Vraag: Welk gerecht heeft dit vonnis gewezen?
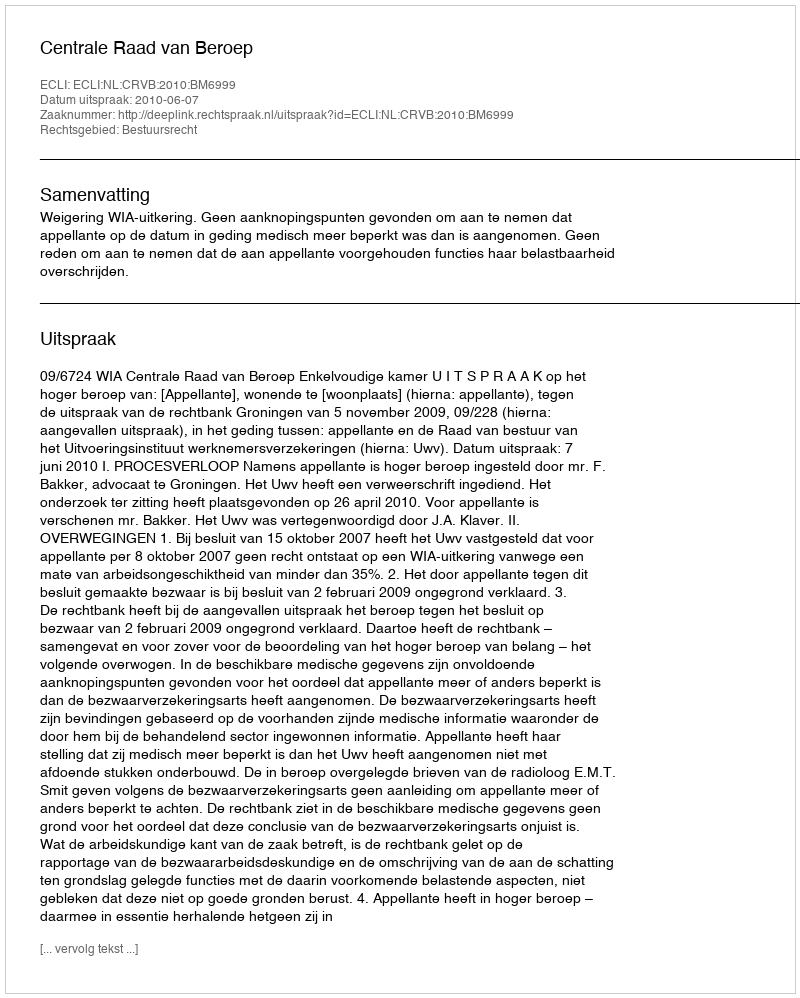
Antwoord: Centrale Raad van Beroep